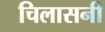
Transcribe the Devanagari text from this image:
चिलासनी